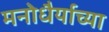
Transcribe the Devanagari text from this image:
मनोधैर्याच्या